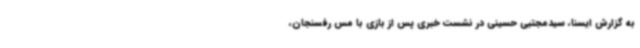
به گزارش ایسنا، سیدمجتبی حسینی در نشست خبری پس از بازی با مس رفسنجان،